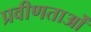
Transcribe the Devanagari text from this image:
प्रवीणताओं